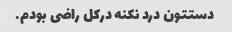
دستتون درد نکنه درکل راضی بودم.